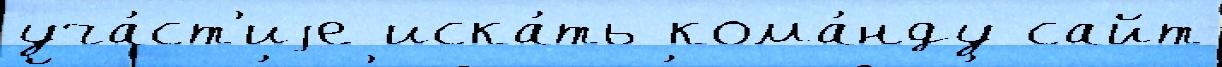
уча́ст'иjе иска́ть кома́нду сайт